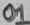
Text: 01